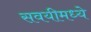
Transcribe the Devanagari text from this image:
सवयीमध्ये